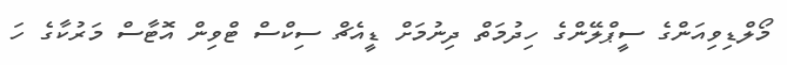
މޯލްޑިވިއަންގެ ސީޕްލޭންގެ ހިދުމަތް ދިނުމަށް ޑީއެޗް ސިކްސް ޓްވިން އޮޓާސް މަރުކާގެ ހަ